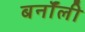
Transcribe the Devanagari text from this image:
बर्नॉली